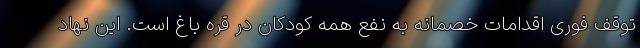
توقف فوری اقدامات خصمانه به نفع همه کودکان در قره باغ است. این نهاد